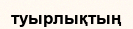
туырлықтың